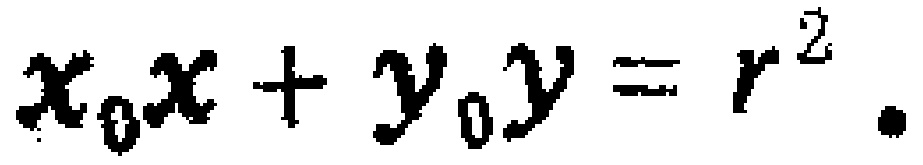
$x_{0}x + y_{0}y = r^{2}.$